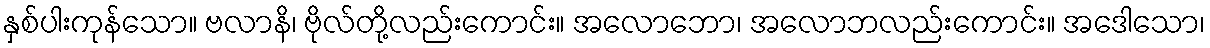
နှစ်ပါးကုန်သော။ ဗလာနိ၊ ဗိုလ်တို့လည်းကောင်း။ အလောဘော၊ အလောဘလည်းကောင်း။ အဒေါသော၊